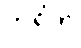
ဘရိတ်